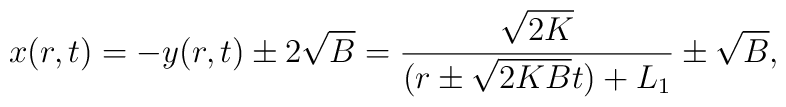
x(r,t)=-y(r,t)\pm2\sqrt{B}=\frac{\sqrt{2K}}{(r\pm\sqrt{2KB}t)+L_1}\pm\sqrt{B},